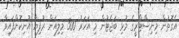
އެގޮތުން މިނިސްޓްރީގެ މުޅި ބަޖެޓުން މި އަހަރު 300 މިލިއަން ރުފިޔާ އުނިކޮށްފައިވާ